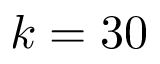
k = 3 0